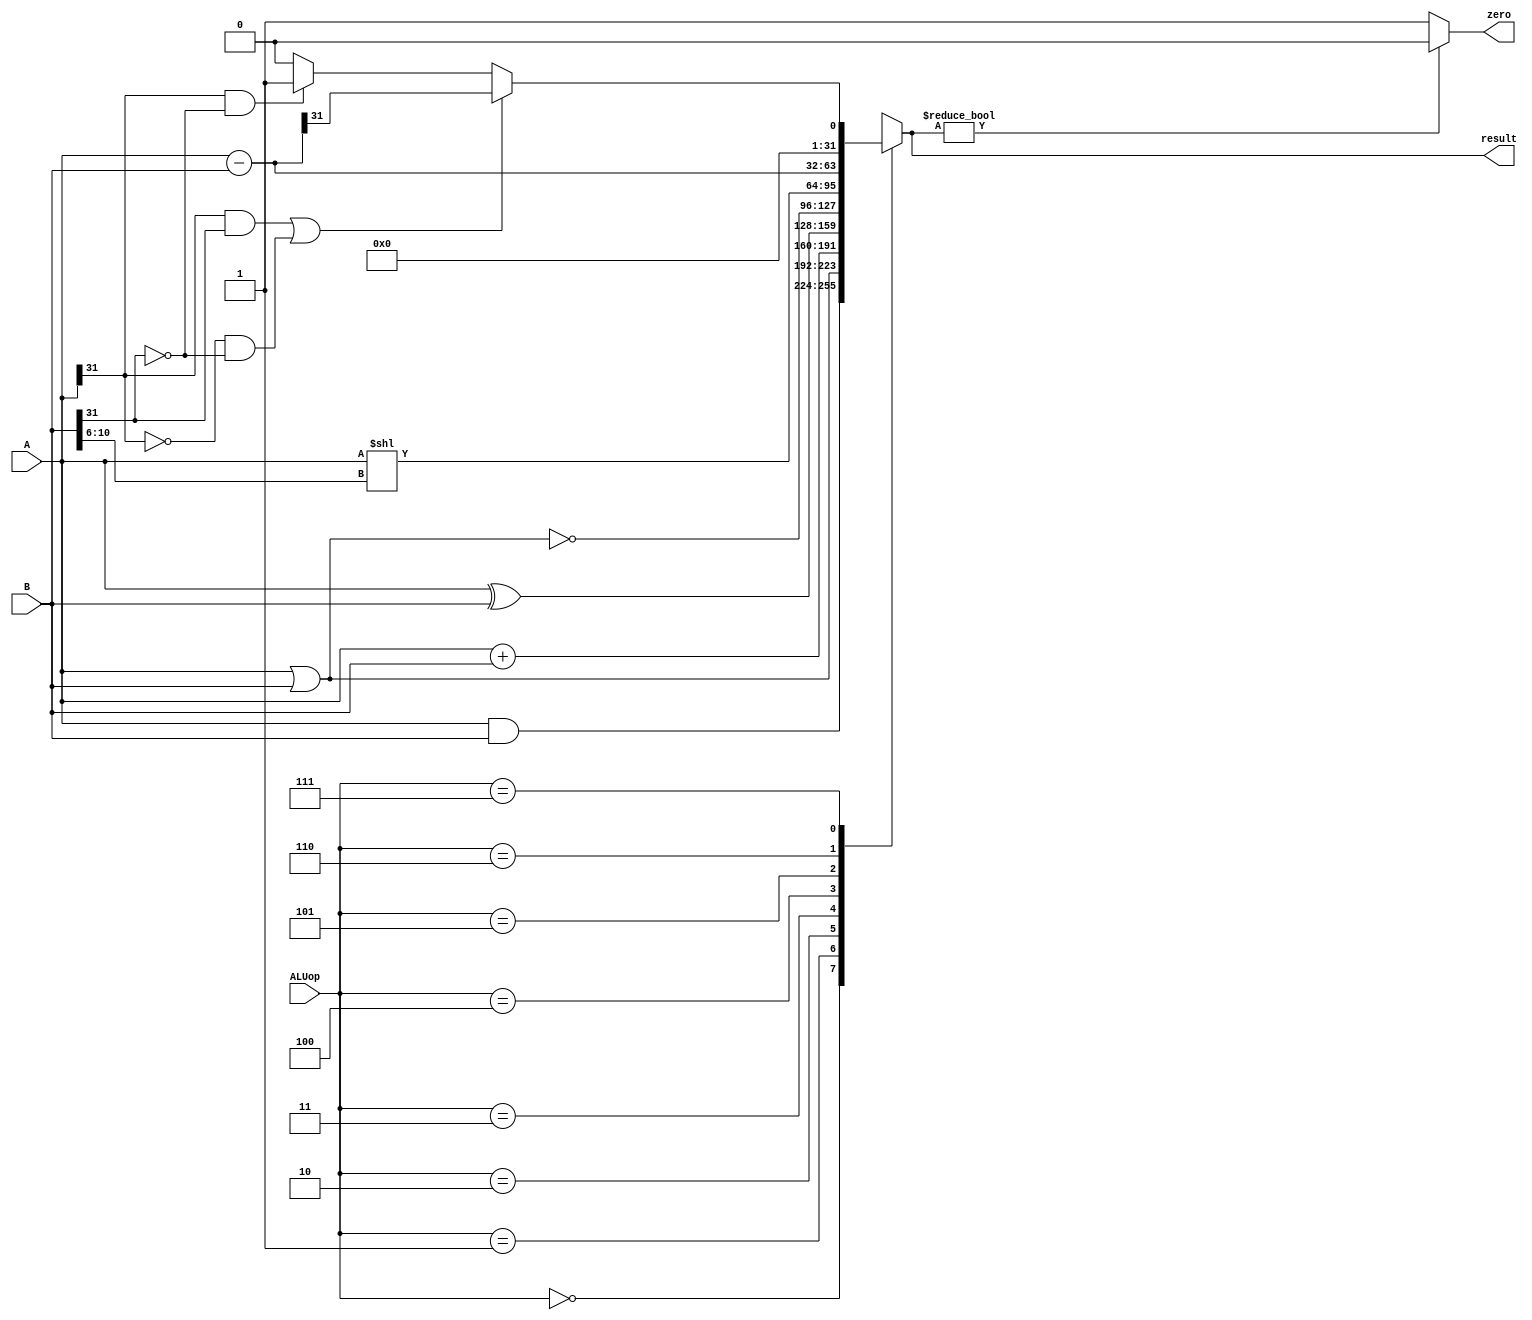
`timescale 1ns / 1ps
//////////////////////////////////////////////////////////////////////////////////
// Company: 
// Engineer: 
// 
// Design Name: 
// Module Name:    ALU 
// Project Name: 
// Target Devices: 
// Tool versions: 
// Description: 
//
// Dependencies: 
//
// Revision: 
// Revision 0.01 - File Created
// Additional Comments: 
//
//////////////////////////////////////////////////////////////////////////////////
module ALU(A, B, ALUop, zero, result);
	input [31:0] A, B;
	input [2:0] ALUop;
	output zero;
	output reg [31:0] result;
	
	initial begin
		  result = 0;
	end
	reg res;
	wire [31:0]S;
	assign S = A - B;
	always@* begin
		if(A[31] == 1 && B[31] == 1 || A[31] == 0 && B[31] == 0)
			res = S[31];
		else if(A[31] == 1 && B[31] == 0)
			res = 1;
		else
			res = 0;
	end
	assign zero = (result ? 0 : 1);
	always @(A or B or ALUop) begin
	 case(ALUop)
		3'b000: result = A & B;
		3'b001: result = A | B;
		3'b010: result = A + B;
		3'b011: result = A ^ B;
		3'b100: result = ~(A | B);			// nor
		3'b101: result = A << B[10:6];	// srl
		3'b110: result = A - B;
		3'b111: result = res;
		default: result = 0;
	 endcase
	end
endmodule